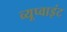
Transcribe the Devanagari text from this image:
व्यूप्वाइंट